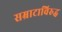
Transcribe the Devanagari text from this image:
सम्राटाविरुद्ध